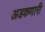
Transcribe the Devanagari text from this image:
अडकणारी